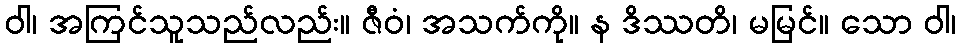
ဝါ၊ အကြင်သူသည်လည်း။ ဇီဝံ၊ အသက်ကို။ န ဒိဿတိ၊ မမြင်။ သော ဝါ၊